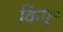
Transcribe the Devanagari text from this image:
किए॰